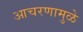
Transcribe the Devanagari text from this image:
आचरणामुळे